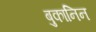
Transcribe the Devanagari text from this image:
बुकानिन